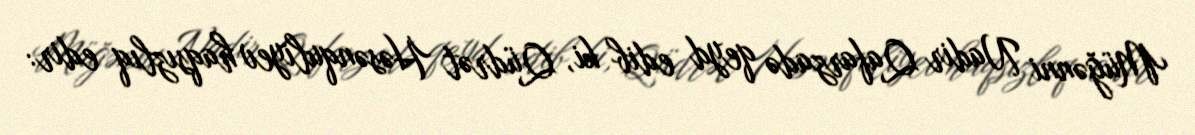
Müğənni Nadir Qafarzadə qeyd edib ki, Qüdrət Həsənquliyev haqsızlıq edir: